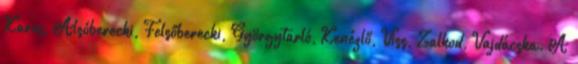
Karos, Alsóberecki, Felsőberecki, Györgytarló, Kenézlő, Viss, Zalkod, Vajdácska. A